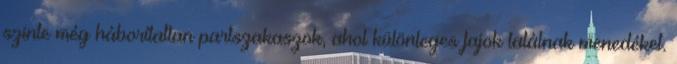
szinte még háborítatlan partszakaszok, ahol különleges fajok találnak menedéket.